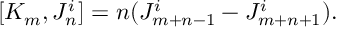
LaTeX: [ K _ { m } , J _ { n } ^ { i } ] = n ( J _ { m + n - 1 } ^ { i } - J _ { m + n + 1 } ^ { i } ) .